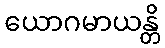
ယောဂမာယန္တိ